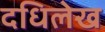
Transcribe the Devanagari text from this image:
दधिलेख